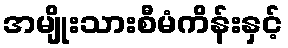
အမျိုးသားစီမံကိန်းနှင့်